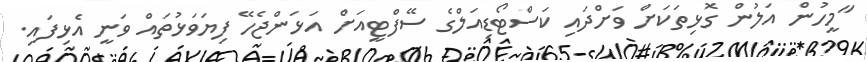
"މީހުން އަލުން ގޮޅިތަަކަށް ވަށްދައި ކަސްޓޯޑިއަލްގެ ސޭފްޓީއަށް އަޅަންޖެހޭ ފިޔަވަޅުތައް ވަނީ އެޅިފައި.